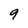
Character: 9